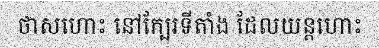
ថាសហោះ នៅក្បែរទីតាំង ដែលយន្តហោះ